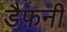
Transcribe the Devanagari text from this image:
डैफ़नी